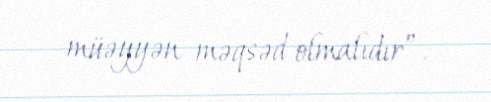
müəyyən məqsəd olmalıdır”.